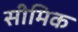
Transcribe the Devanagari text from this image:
सीमिक